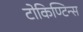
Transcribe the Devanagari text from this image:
टोकिण्टिन्स